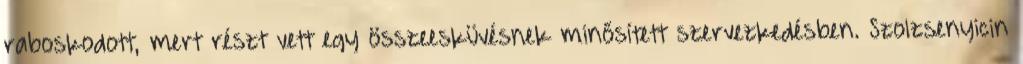
raboskodott, mert részt vett egy összeesküvésnek minősített szervezkedésben. Szolzsenyicin